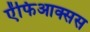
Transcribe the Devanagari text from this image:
ऐंफिआक्सस